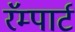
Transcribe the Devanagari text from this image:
रॅम्पार्ट